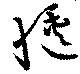
愜